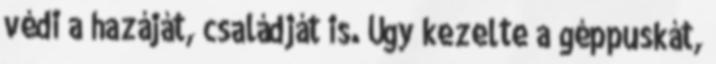
védi a hazáját, családját is. Úgy kezelte a géppuskát,